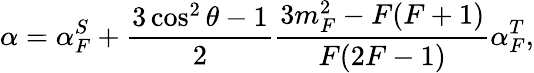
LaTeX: \alpha=\alpha_{F}^{S}+\frac{3\cos^{2}\theta-1}{2}\frac{3m_{F}^{2}-F(F+1)}{F(2F-1)}\alpha_{F}^{T},